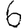
Digit: 6